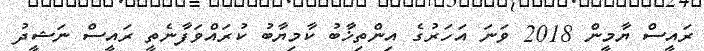
ރައީސް ޔާމީން 2018 ވަނަ އަހަރުގެ އިންތިޚާބު ކާމިޔާބު ކުރައްވަފާނެތީ ރައީސް ނަޝީދު